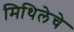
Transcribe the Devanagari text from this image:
मिथिलेचे